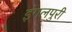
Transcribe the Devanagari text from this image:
इंगलपुरी